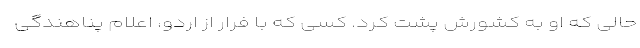
حالی که او به کشورش پشت کرد. کسی که با فرار از اردو، اعلام پناهندگی